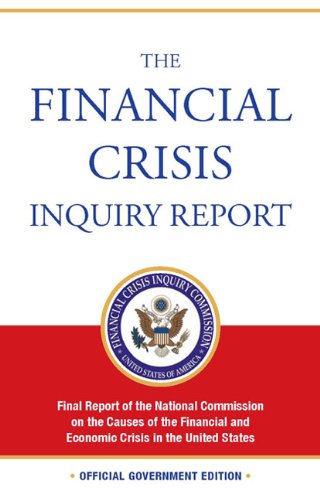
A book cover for The Financial Crisis Inquiry Report: Final Report of the National Commission on the Causes of the Financial and Economic Crisis in the United States; Phil Angelides; Business & Money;